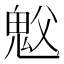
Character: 𫙉